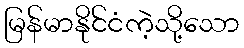
မြန်မာနိုင်ငံကဲ့သို့သော